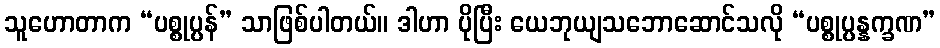
သူဟောတာက “ပစ္စုပ္ပန်” သာဖြစ်ပါတယ်။ ဒါဟာ ပိုပြီး ယေဘုယျသဘောဆောင်သလို “ပစ္စုပ္ပန္နက္ခဏ”